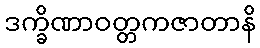
ဒက္ခိဏာဝတ္တကဇာတာနိ